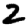
Digit: 2